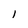
Character: l